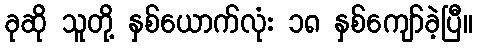
ခုဆို သူတို့ နှစ်ယောက်လုံး ၁၈ နှစ်ကျော်ခဲ့ပြီ။